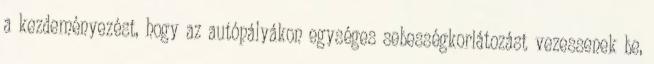
a kezdeményezést, hogy az autópályákon egységes sebességkorlátozást vezessenek be,